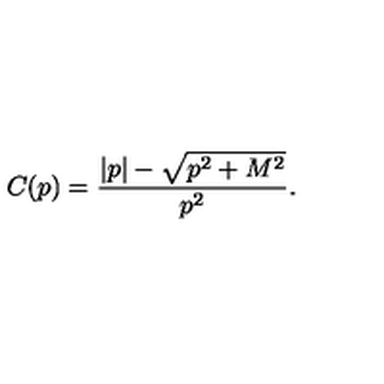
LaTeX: C ( p ) = \frac { | p | - \sqrt { p ^ { 2 } + M ^ { 2 } } } { p ^ { 2 } } .